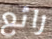
رائع